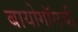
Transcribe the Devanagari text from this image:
बायोगॉसची